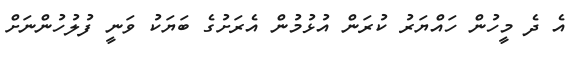
އެ ދެ މީހުން ހައްޔަރު ކުރަން އުޅުމުން އެރަށުގެ ބަޔަކު ވަނީ ފުލުހުންނަށް